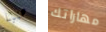
هنيئا مهاراتك